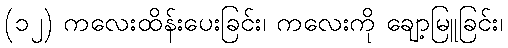
(၁၂) ကလေးထိန်းပေးခြင်း၊ ကလေးကို ချော့မြူခြင်း၊